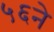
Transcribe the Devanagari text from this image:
५६ने